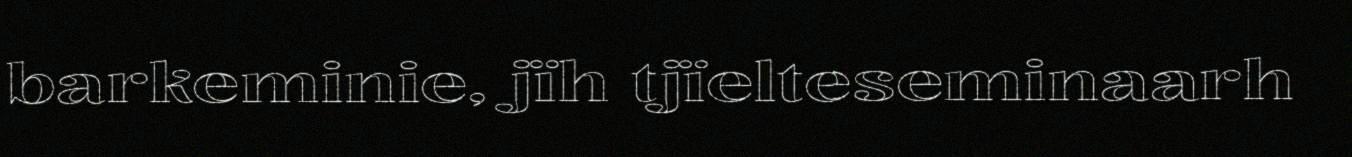
barkeminie, jïh tjïelteseminaarh